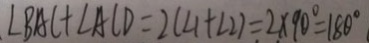
\angle B A C + \angle A C D = 2 ( \angle 1 + \angle 2 ) = 2 \times 9 0 ^ { \circ } = 1 8 0 ^ { \circ }